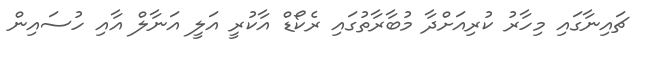
ޗައިނާގައި މިހާރު ކުރިއަށްދާ މުބާރާތުގައި ރެކޯޑް އާކުރީ އަލީ އަނާލް އާއި ހުސައިން